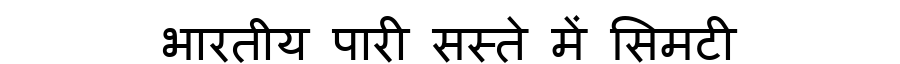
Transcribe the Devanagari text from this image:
भारतीय पारी सस्ते में सिमटी